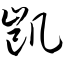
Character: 凯